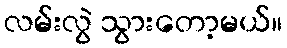
လမ်းလွဲ သွားတော့မယ်။